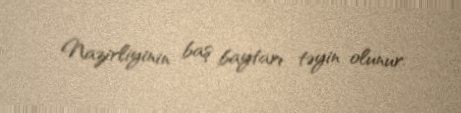
Nazirliyinin baş baytarı təyin olunur.